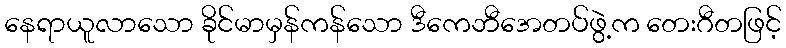
နေရာယူလာသော ခိုင်မာမှန်ကန်သော ဒီကေဘီအေတပ်ဖွဲ့က တေးဂီတဖြင့်